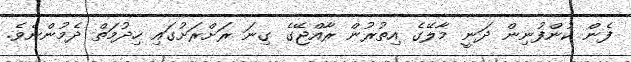
ފެން ކުންފުނިން ދަނީ މާލޭގެ އިތުރުން ރާއްޖޭގެ ގިނަ ރަށްރަށުގައި ހިދުމަތް ދެމުންނެވެ.